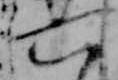
六